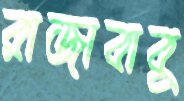
রাজাবাবু